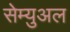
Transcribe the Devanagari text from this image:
सेम्‍युअल